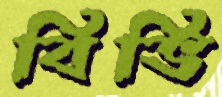
বিভি